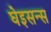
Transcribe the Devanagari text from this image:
घेइसन्स